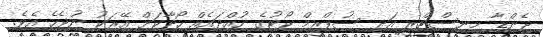
ޖެންޑާ މިނިސްޓްރީ އަދި ސުޕްރީމް ކޯޓުގެ ހުއްދައެއް ހޯދާކަށް އޭރަކު ނުޖެހެ އެވެ.